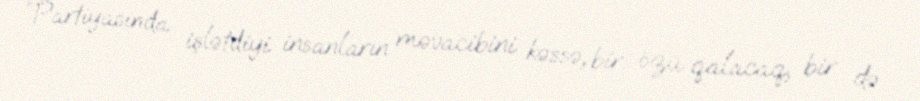
“Partiyasında işlətdiyi insanların məvacibini kəssə, bir özü qalacaq, bir də